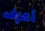
أعرف